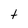
Character: t